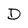
Character: D